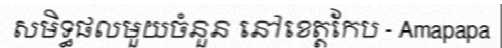
សមិទ្ធផលមួយចំនួន នៅខេត្តកែប - Amapapa